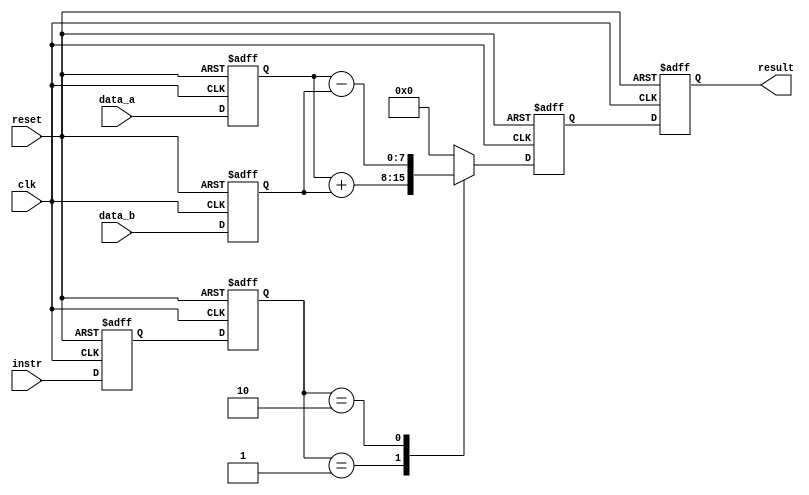
module pip_processor(
    input wire clk,        // Clock input
    input wire reset,      // Reset input
    input wire [7:0] instr,// Instruction input
    input wire [7:0] data_a,// Operand A input
    input wire [7:0] data_b,// Operand B input
    output reg [7:0] result // Result output
);

// Registers to store pipeline stages
reg [7:0] if_id_instr;
reg [7:0] id_ex_instr;
reg [7:0] ex_mem_instr;
reg [7:0] mem_wb_instr;

// Registers to store pipeline data
reg [7:0] id_ex_data_a;
reg [7:0] id_ex_data_b;
reg [7:0] ex_mem_result;
reg [7:0] mem_wb_result;

// Fetch stage
always @(posedge clk or posedge reset) begin
    if (reset) begin
        if_id_instr <= 8'b0; // Reset to initial value
    end else begin
        if_id_instr <= instr; // Fetch instruction
    end
end

// Decode stage
always @(posedge clk or posedge reset) begin
    if (reset) begin
        id_ex_instr <= 8'b0; // Reset to initial value
        id_ex_data_a <= 8'b0; // Reset to initial value
        id_ex_data_b <= 8'b0; // Reset to initial value
    end else begin
        id_ex_instr <= if_id_instr; // Pass instruction to next stage
        id_ex_data_a <= data_a; // Pass operand A to next stage
        id_ex_data_b <= data_b; // Pass operand B to next stage
    end
end

// Execute stage
always @(posedge clk or posedge reset) begin
    if (reset) begin
        ex_mem_instr <= 8'b0; // Reset to initial value
        ex_mem_result <= 8'b0; // Reset to initial value
    end else begin
        ex_mem_instr <= id_ex_instr; // Pass instruction to next stage
        // Perform execution based on the instruction
        case (id_ex_instr)
            8'b001: ex_mem_result <= id_ex_data_a + id_ex_data_b; // ADD
            8'b010: ex_mem_result <= id_ex_data_a - id_ex_data_b; // SUB
            default: ex_mem_result <= 8'b0; // NOP (no operation)
        endcase
    end
end

// Writeback stage
always @(posedge clk or posedge reset) begin
    if (reset) begin
        mem_wb_instr <= 8'b0; // Reset to initial value
        mem_wb_result <= 8'b0; // Reset to initial value
    end else begin
        mem_wb_instr <= ex_mem_instr; // Pass instruction to next stage
        mem_wb_result <= ex_mem_result; // Pass result to output
    end
end

// Output result from Writeback stage
always @(*) begin
    result = mem_wb_result;
end

endmodule